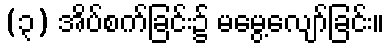
(၃) အိပ်စက်ခြင်း၌ မမွေ့လျော်ခြင်း။